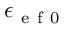
\epsilon _ { \mathrm { ~ e ~ f ~ 0 ~ } }